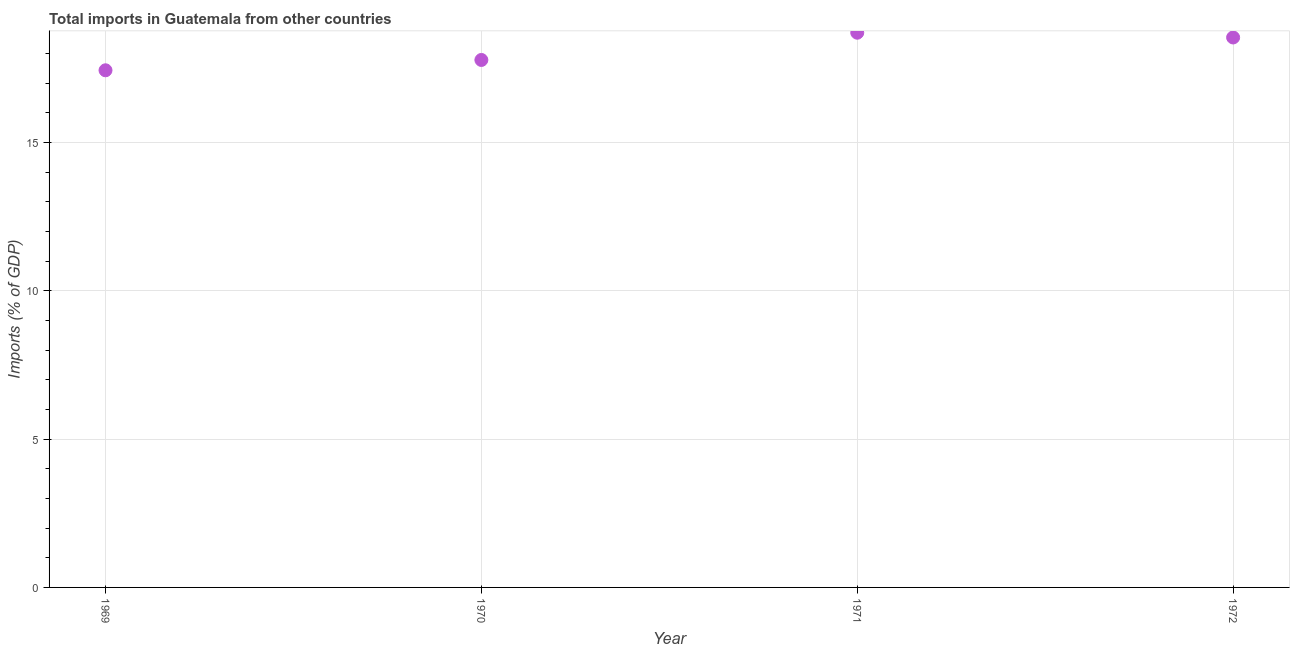
| Year | Imports |
 | --- | --- |
 | 1969 | 17.4 |
 | 1970 | 17.8 |
 | 1971 | 18.7 |
 | 1972 | 18.5 |